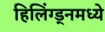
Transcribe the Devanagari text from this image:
हिलिंग्ड्नमध्ये